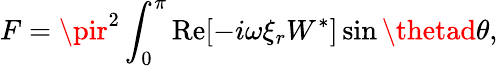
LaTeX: F=\pir^{2}\int_{0}^{\pi}\operatorname{R\mathrm{e}}[-i\omega\xi_{r}W^{*}]\sin\thetad\theta,